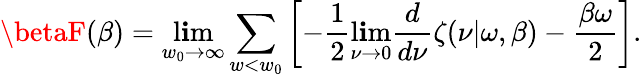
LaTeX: \betaF(\beta)=\operatorname*{l\mathbf{i}m}_{w_{0}\rightarrow\infty}\sum_{w<w_{0}}\left[-\frac{1}{2}\operatorname*{l\mathbf{i}m}_{\nu\rightarrow0}{\frac{{d}}{{d\nu}}}\zeta(\nu|\omega,\beta)-{\frac{{\beta\omega}}{{2}}}\right].